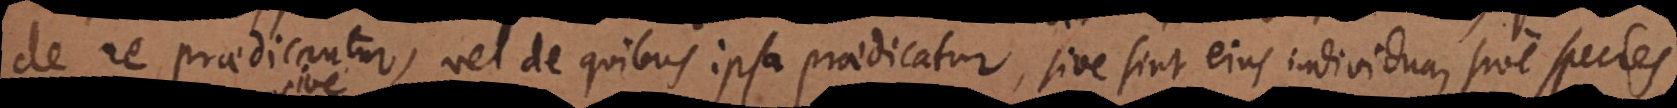
de re praedicantur, vel de quibus ipsa praedicatur, sive sint ejus individua, sive species,